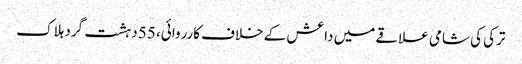
ترکی کی شامی علاقے میں داعش کے خلاف کارروائی، 55 دہشت گرد ہلاک